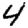
Digit: 4